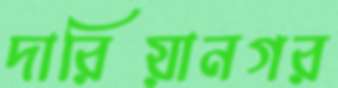
দারিয়ানগর